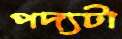
পদ্যটা